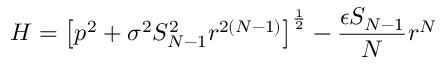
H = \left[ p ^ { 2 } + \sigma ^ { 2 } S _ { N - 1 } ^ { 2 } r ^ { 2 ( N - 1 ) } \right] ^ { \frac 1 2 } - \frac { \epsilon S _ { N - 1 } } { N } r ^ { N }